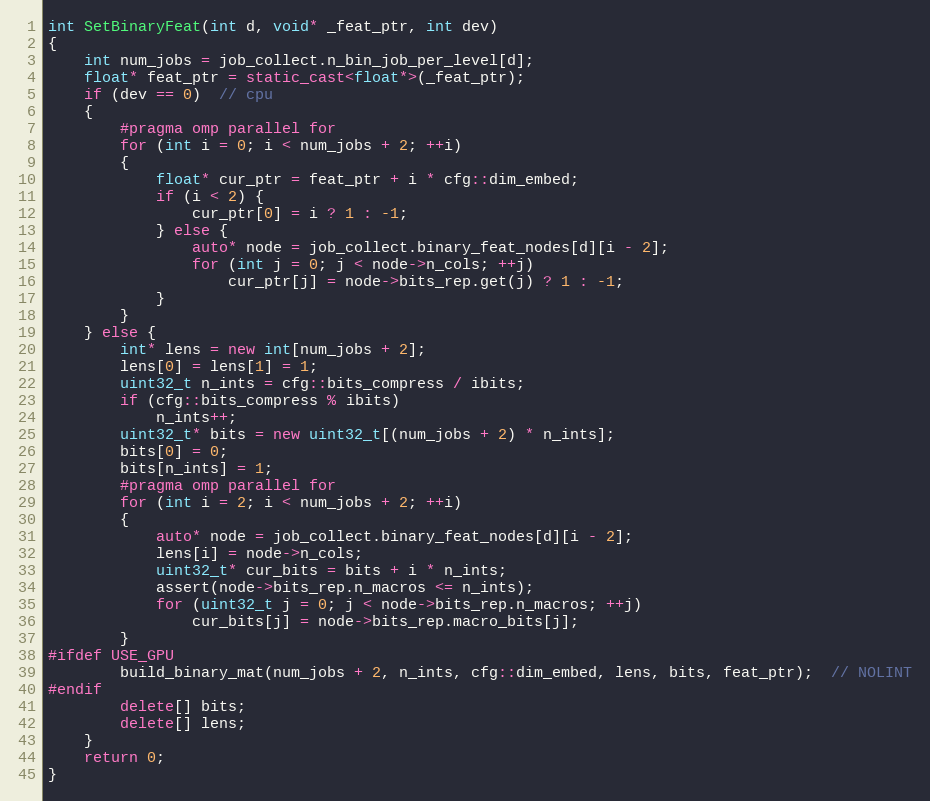
Language: C++
int SetBinaryFeat(int d, void* _feat_ptr, int dev)
{
    int num_jobs = job_collect.n_bin_job_per_level[d];
    float* feat_ptr = static_cast<float*>(_feat_ptr);
    if (dev == 0)  // cpu
    {
        #pragma omp parallel for
        for (int i = 0; i < num_jobs + 2; ++i)
        {
            float* cur_ptr = feat_ptr + i * cfg::dim_embed;
            if (i < 2) {
                cur_ptr[0] = i ? 1 : -1;
            } else {
                auto* node = job_collect.binary_feat_nodes[d][i - 2];
                for (int j = 0; j < node->n_cols; ++j)
                    cur_ptr[j] = node->bits_rep.get(j) ? 1 : -1;
            }
        }
    } else {
        int* lens = new int[num_jobs + 2];
        lens[0] = lens[1] = 1;
        uint32_t n_ints = cfg::bits_compress / ibits;
        if (cfg::bits_compress % ibits)
            n_ints++;
        uint32_t* bits = new uint32_t[(num_jobs + 2) * n_ints];
        bits[0] = 0;
        bits[n_ints] = 1;
        #pragma omp parallel for
        for (int i = 2; i < num_jobs + 2; ++i)
        {
            auto* node = job_collect.binary_feat_nodes[d][i - 2];
            lens[i] = node->n_cols;
            uint32_t* cur_bits = bits + i * n_ints;
            assert(node->bits_rep.n_macros <= n_ints);
            for (uint32_t j = 0; j < node->bits_rep.n_macros; ++j)
                cur_bits[j] = node->bits_rep.macro_bits[j];
        }
#ifdef USE_GPU
        build_binary_mat(num_jobs + 2, n_ints, cfg::dim_embed, lens, bits, feat_ptr);  // NOLINT
#endif
        delete[] bits;
        delete[] lens;
    }
    return 0;
}